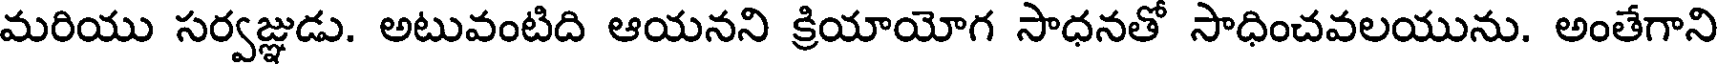
మరియు సర్వజ్ఞుడు. అటువంటిది ఆయనని క్రియాయోగ సాధనతో సాధించవలయును. అంతేగాని